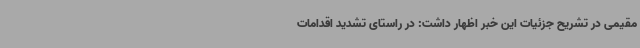
مقیمی در تشریح جزئیات این خبر اظهار داشت: در راستای تشدید اقدامات